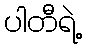
ပါတီရဲ့